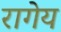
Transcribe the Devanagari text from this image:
रागेय